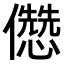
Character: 𠐷